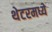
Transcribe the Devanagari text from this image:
थेटरमध्ये